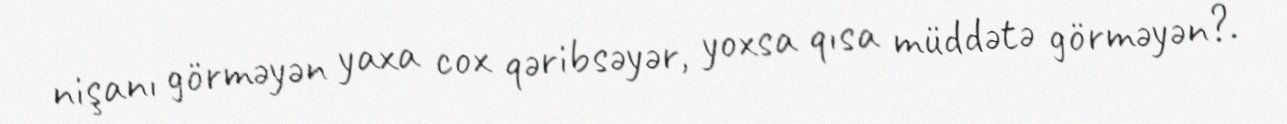
nişanı görməyən yaxa cox qəribsəyər, yoxsa qısa müddətə görməyən?.